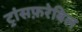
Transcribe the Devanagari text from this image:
ट्रांसफ़रेबिल